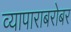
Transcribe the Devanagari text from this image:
व्यापाराबरोबर